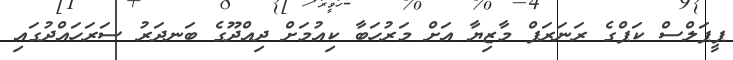
ޕީޕަލްސް ކަޕްގެ ރަނަރަޕް މާޒިޔާ އަށް މަރުހަބާ ކިއުމަށް ދިއްދޫގެ ބަނދަރު ސަރަހައްދުގައި